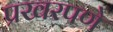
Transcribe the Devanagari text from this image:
प्रखरपणे